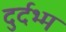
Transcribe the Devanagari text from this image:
दुर्दभ्म